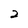
Character: 2